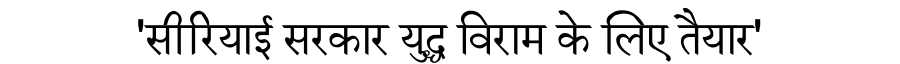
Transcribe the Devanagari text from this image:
'सीरियाई सरकार युद्ध विराम के लिए तैयार'